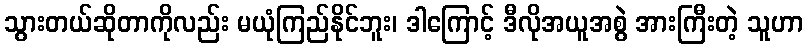
သွားတယ်ဆိုတာကိုလည်း မယုံကြည်နိုင်ဘူး၊ ဒါကြောင့် ဒီလိုအယူအစွဲ အားကြီးတဲ့ သူဟာ